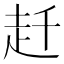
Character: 𧺛